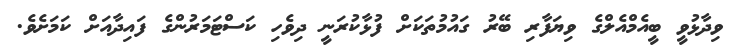
ވިދާޅުވީ ބީއެމްއެލްގެ ވިޔަފާރި ބޭރު ގައުމުތަކަށް ފުޅާކުރަނީ ދިވެހި ކަސްޓަމަރުންގެ ފައިދާއަށް ކަމަށެވެ.